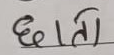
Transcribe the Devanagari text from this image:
छाती